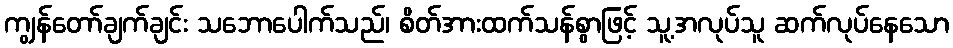
ကျွန်တော်ချက်ချင်း သဘောပေါက်သည်၊ စိတ်အားထက်သန်စွာဖြင့် သူ့အလုပ်သူ ဆက်လုပ်နေသော